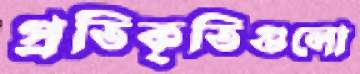
প্রতিকৃতিগুলো